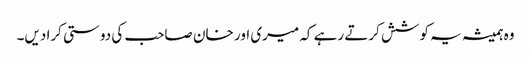
وہ ہمیشہ یہ کوشش کرتے رہے کہ میری اور خان صاحب کی دوستی کرا دیں۔